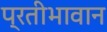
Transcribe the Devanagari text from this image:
प्रतीभावान